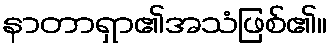
နာတာရှာ၏အသံဖြစ်၏။